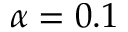
\alpha = 0 . 1